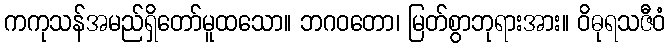
ကကုသန်အမည်ရှိတော်မူထသော။ ဘဂဝတော၊ မြတ်စွာဘုရားအား။ ဝိဓုရသဇီဝံ